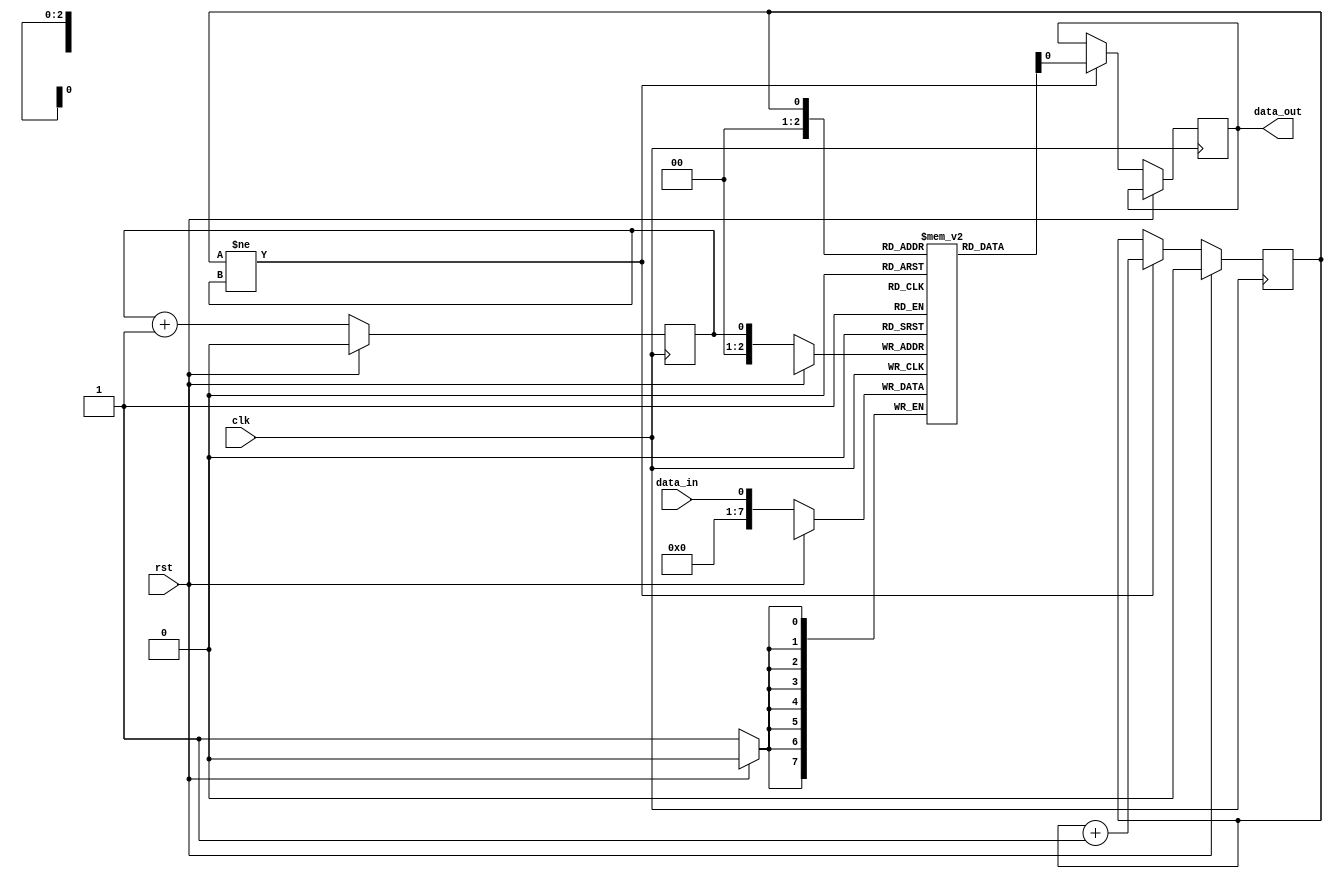
module edge_sensitive_fifo (
    input wire clk,
    input wire rst,
    input wire data_in,
    output reg data_out
);

reg [7:0] fifo [0:7]; // Creating FIFO buffer with 8 entries

reg write_ptr = 0; // Initializing write pointer
reg read_ptr = 0;  // Initializing read pointer

always @(posedge clk) begin
    if (rst) begin
        write_ptr <= 0; // Reset write pointer
        read_ptr <= 0;  // Reset read pointer
    end else begin
        fifo[write_ptr] <= data_in; // Write data to FIFO buffer
        write_ptr <= write_ptr + 1; // Increment write pointer
        
        if (read_ptr != write_ptr) begin
            data_out <= fifo[read_ptr]; // Read data from FIFO buffer
            read_ptr <= read_ptr + 1;   // Increment read pointer
        end
    end
end

endmodule